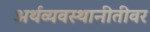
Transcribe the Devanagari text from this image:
अर्थव्यवस्थानीतीवर